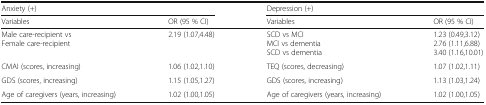
| <COLSPAN=2> Anxiety (+) | <COLSPAN=2> Depression (+) |
 | Variables | OR (95 % CI) | Variables | OR (95 % CI) |
 | --- | --- | --- | --- |
 | Male care-recipient vsFemale care-recipient | 2.19 (1.07,4.48) | SCD vs MCIMCI vs dementiaSCD vs dementia | 1.23 (0.49,3.12)2.76 (1.11,6.88)3.40 (1.16,10.01) |
 | CMAI (scores, increasing) | 1.06 (1.02,1.10) | TEQ (scores, decreasing) | 1.07 (1.02,1.11) |
 | GDS (scores, increasing) | 1.15 (1.05,1.27) | GDS (scores, increasing) | 1.13 (1.03,1.24) |
 | Age of caregivers (years, increasing) | 1.02 (1.00,1.05) | Age of caregivers (years, increasing) | 1.02 (1.00,1.05) |